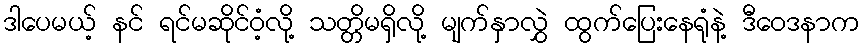
ဒါပေမယ့် နင် ရင်မဆိုင်ဝံ့လို့ သတ္တိမရှိလို့ မျက်နှာလွှဲ ထွက်ပြေးနေရုံနဲ့ ဒီဝေဒနာက